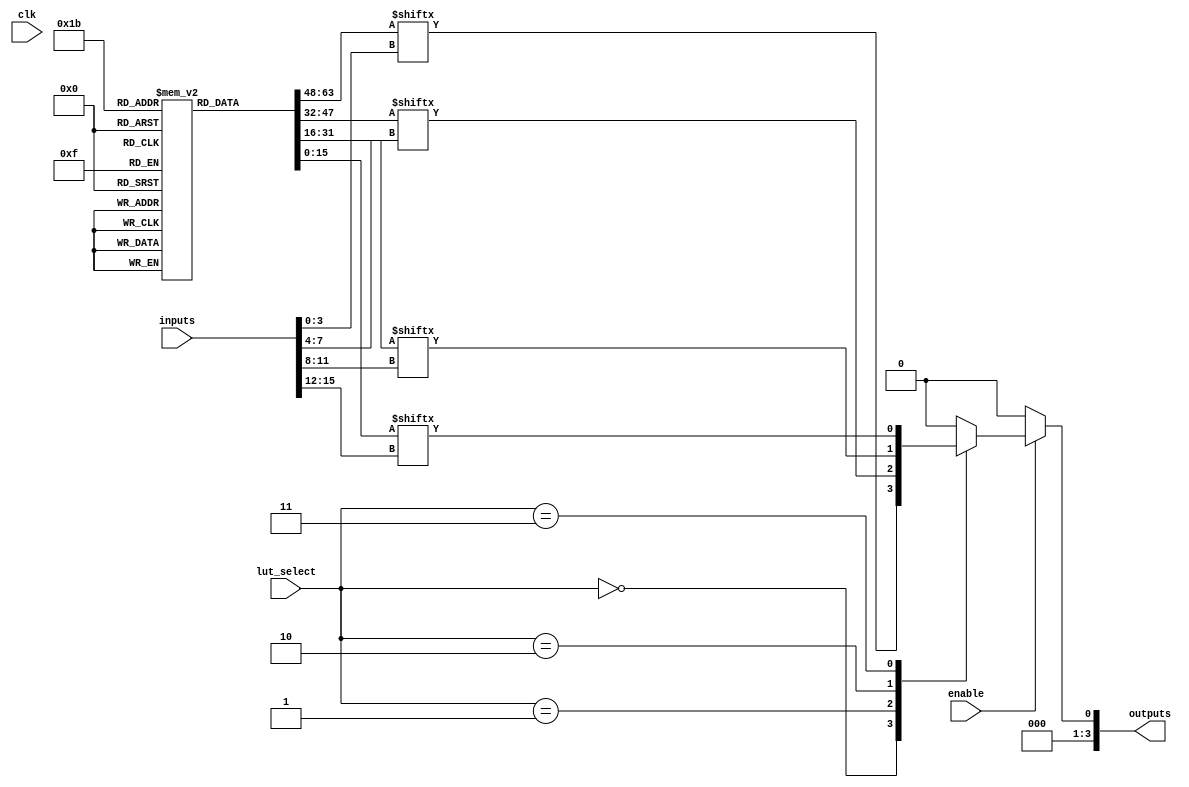
module CLB (
    input wire [15:0] inputs,      // 16 input pins
    input wire [3:0] lut_select,    // Select signal for multiplexing outputs
    input wire clk,                 // Clock signal for flip-flops
    input wire enable,              // Enable signal for the CLB
    output reg [3:0] outputs        // 4 output pins
);

// LUTs (4 LUTs with 4 inputs each)
reg [15:0] lut [3:0]; // 4 LUTs, each with 16 possible combinations for 4 inputs
wire [3:0] lut_outputs;

// Example LUT initialization (truth tables)
initial begin
    // Define LUT functionality (example truth tables)
    lut[0] = 16'b0000000000000001; // Example LUT0: Output 1 when input is 0000
    lut[1] = 16'b0000000000000010; // Example LUT1: Output 1 when input is 0001
    lut[2] = 16'b0000000000000100; // Example LUT2: Output 1 when input is 0010
    lut[3] = 16'b0000000000001000; // Example LUT3: Output 1 when input is 0011
end

// Generate LUT outputs based on inputs
generate
    genvar i;
    for (i = 0; i < 4; i = i + 1) begin : lut_logic
        assign lut_outputs[i] = lut[i][inputs[i*4 +: 4]]; // Select 4 bits for each LUT
    end
endgenerate

// Mux for selecting output based on lut_select
always @(*) begin
    if (enable) begin
        case (lut_select)
            4'b0000: outputs = lut_outputs[0];
            4'b0001: outputs = lut_outputs[1];
            4'b0010: outputs = lut_outputs[2];
            4'b0011: outputs = lut_outputs[3];
            default: outputs = 4'b0000; // Default case
        endcase
    end else begin
        outputs = 4'b0000; // If not enabled, drive outputs low
    end
end

// Flip-flops for storing intermediate results
reg [3:0] ff_outputs;

always @(posedge clk) begin
    if (enable) begin
        ff_outputs <= outputs; // Store the output in flip-flops on clock edge
    end
end

endmodule